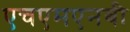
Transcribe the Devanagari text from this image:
एचएमएनबी